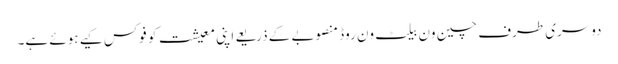
دوسری طرف چین ون بیلٹ ون روڈ منصوبے کے ذریعے اپنی معیشت کو فوکس کیے ہوئے ہے۔